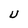
Character: U